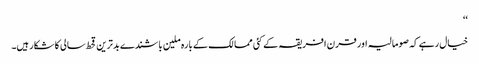
‘‘
خیال رہے کہ صومالیہ اور قرن افریقہ کے کئی ممالک کے بارہ ملین باشندے بدترین قحط سالی کا شکار ہیں۔